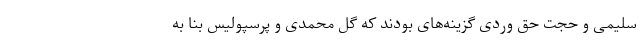
سلیمی و حجت حق وردی گزینه‌های بودند که گل محمدی و پرسپولیس بنا به